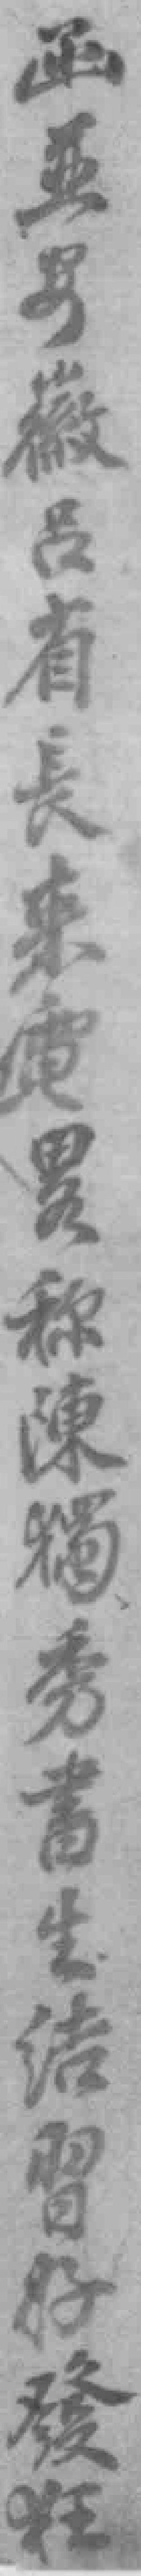
函並安徽呂省長來電*稱陳獨秀書生結習好發狂